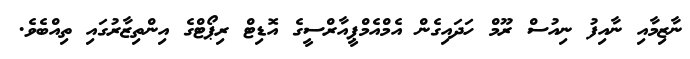
ނާޒިމާއި ނާއިފު ނިއުސް ރޫމް ހަދައިގެން އެމްއެމްޕީއާރްސީގެ އޮޑިޓް ރިޕޯޓްގެ އިންތިޒާރުގައި ތިއްބެވެ.